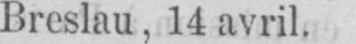
Breslau, 14 avril.